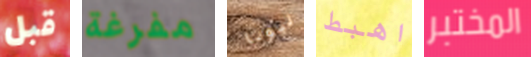
قبل مفرغة ليونا اهبط المختبر